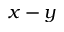
x - y